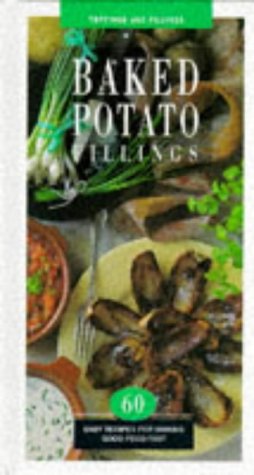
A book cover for Baked Potato Fillings : 60 Easy Recipes for Making Good Food Fast (Toppings and Fillings); John E. Oliver; Cookbooks, Food & Wine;